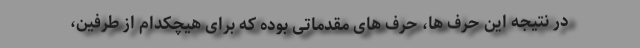
در نتیجه این حرف ها، حرف های مقدماتی بوده که برای هیچکدام از طرفین،